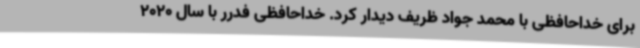
برای خداحافظی با محمد جواد ظریف دیدار کرد. خداحافظی فدرر با سال 2020